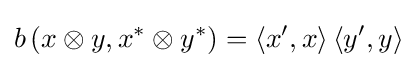
b\left(x\otimes y,x^{*}\otimes y^{*}\right)=\left\langle x^{\prime },x\right\rangle \left\langle y^{\prime },y\right\rangle